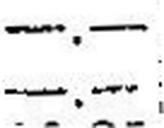
—.—